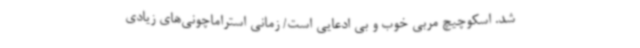
شد. اسکوچیچ مربی خوب و بی ادعایی است/ زمانی استراماچونی‌های زیادی